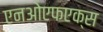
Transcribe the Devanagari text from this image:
एनओएफएक्स